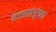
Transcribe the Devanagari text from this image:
मज्जातंतूंच्या